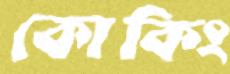
কোকিং